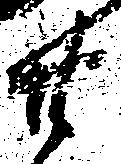
廿